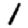
Digit: 1